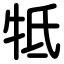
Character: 牴